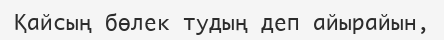
Қайсың бөлек тудың деп айырайын,